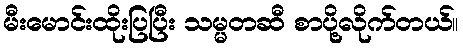
မီးမောင်းထိုးပြပြီး သမ္မတဆီ စာပို့လိုက်တယ်။